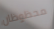
محظوظان